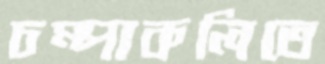
চম্পাকলিতে